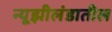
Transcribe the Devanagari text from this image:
न्यूझीलंडातील